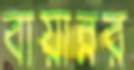
বায়ান্নর